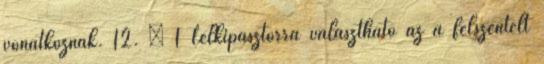
vonatkoznak. 12. § 1 Lelkipásztorrá választható az a felszentelt